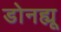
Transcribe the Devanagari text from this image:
डोनह्यू